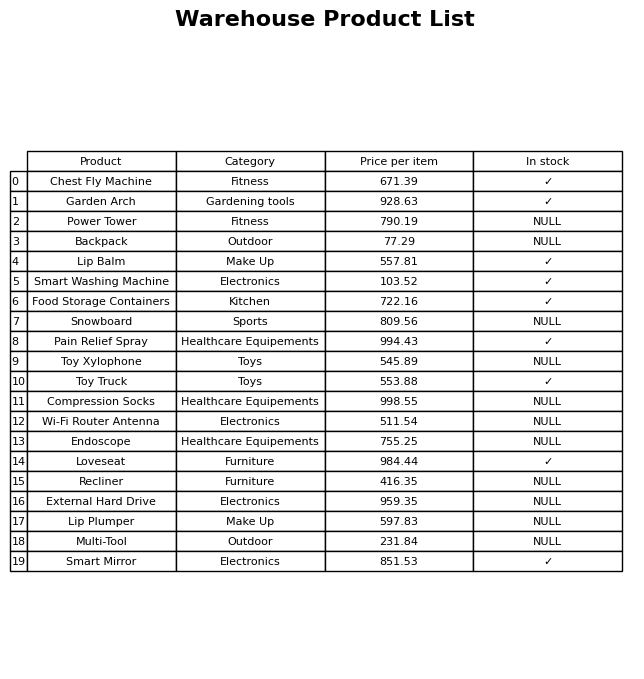
question: What is the stock status of the Lip Plumper?
answer: NULL